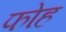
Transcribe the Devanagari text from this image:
फोह